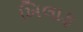
ખિલાફ